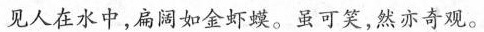
见人在水中，扁阔如金虾蟆。虽可笑，然亦奇观。